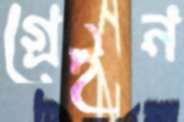
গ্রেইন